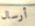
أرسال